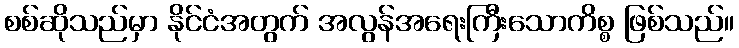
စစ်ဆိုသည်မှာ နိုင်ငံအတွက် အလွန်အရေးကြီးသောကိစ္စ ဖြစ်သည်။